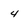
Character: 4